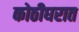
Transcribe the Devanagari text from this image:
कोठीघरात